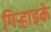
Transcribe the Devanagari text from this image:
गिर्‍हाइके